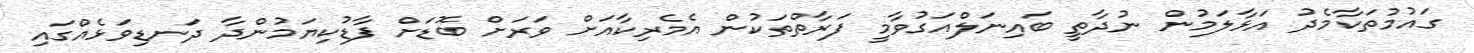
ގައުމުތަކާމެދު އަޅާލަމުން ނުދާތީ ބައިނަލްއަގުވާމީ ފަރާތްތަކުން އެމެރިކާއަށް ވަރަށް ބޮޑަށް ފާޑުކިޔަމުންދާ ދަނޑިވަޅެއްގައި